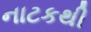
નાટકથી